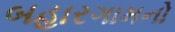
બહારગામનો